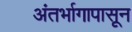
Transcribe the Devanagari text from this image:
अंतर्भागापासून